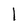
Character: I